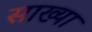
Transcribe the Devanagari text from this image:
साख्या